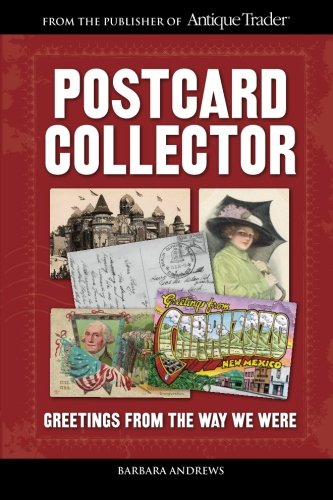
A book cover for Postcard Collector; Barbara Andrews; Crafts, Hobbies & Home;